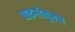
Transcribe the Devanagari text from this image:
घटनांतूनच